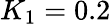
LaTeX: K_{1}=0.2